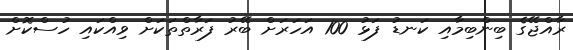
ރާއްޖޭގެ ބިންބިމާއި ކަނޑު ފަޅު 100 އަހަރަށް ބޭރު ފަރާތްތަކަށް ވިއްކައި ހުސްކޮށް